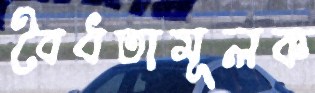
বৈধতামূলক